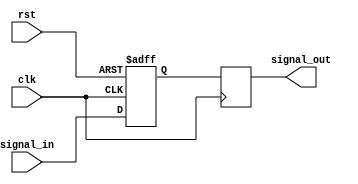
module timing_control_and_synchronization (
    input wire signal_in,
    output reg signal_out,
    input wire clk,
    input wire rst
);

reg latch_delay;

always @(posedge clk or posedge rst) begin
    if (rst) begin
        latch_delay <= 1'b0;
    end else begin
        latch_delay <= signal_in;
    end
end

always @(posedge clk) begin
    signal_out <= latch_delay;
end

endmodule